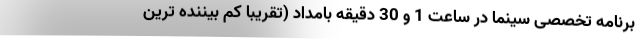
برنامه تخصصی سینما در ساعت 1 و 30 دقیقه بامداد (تقریبا کم بیننده ترین